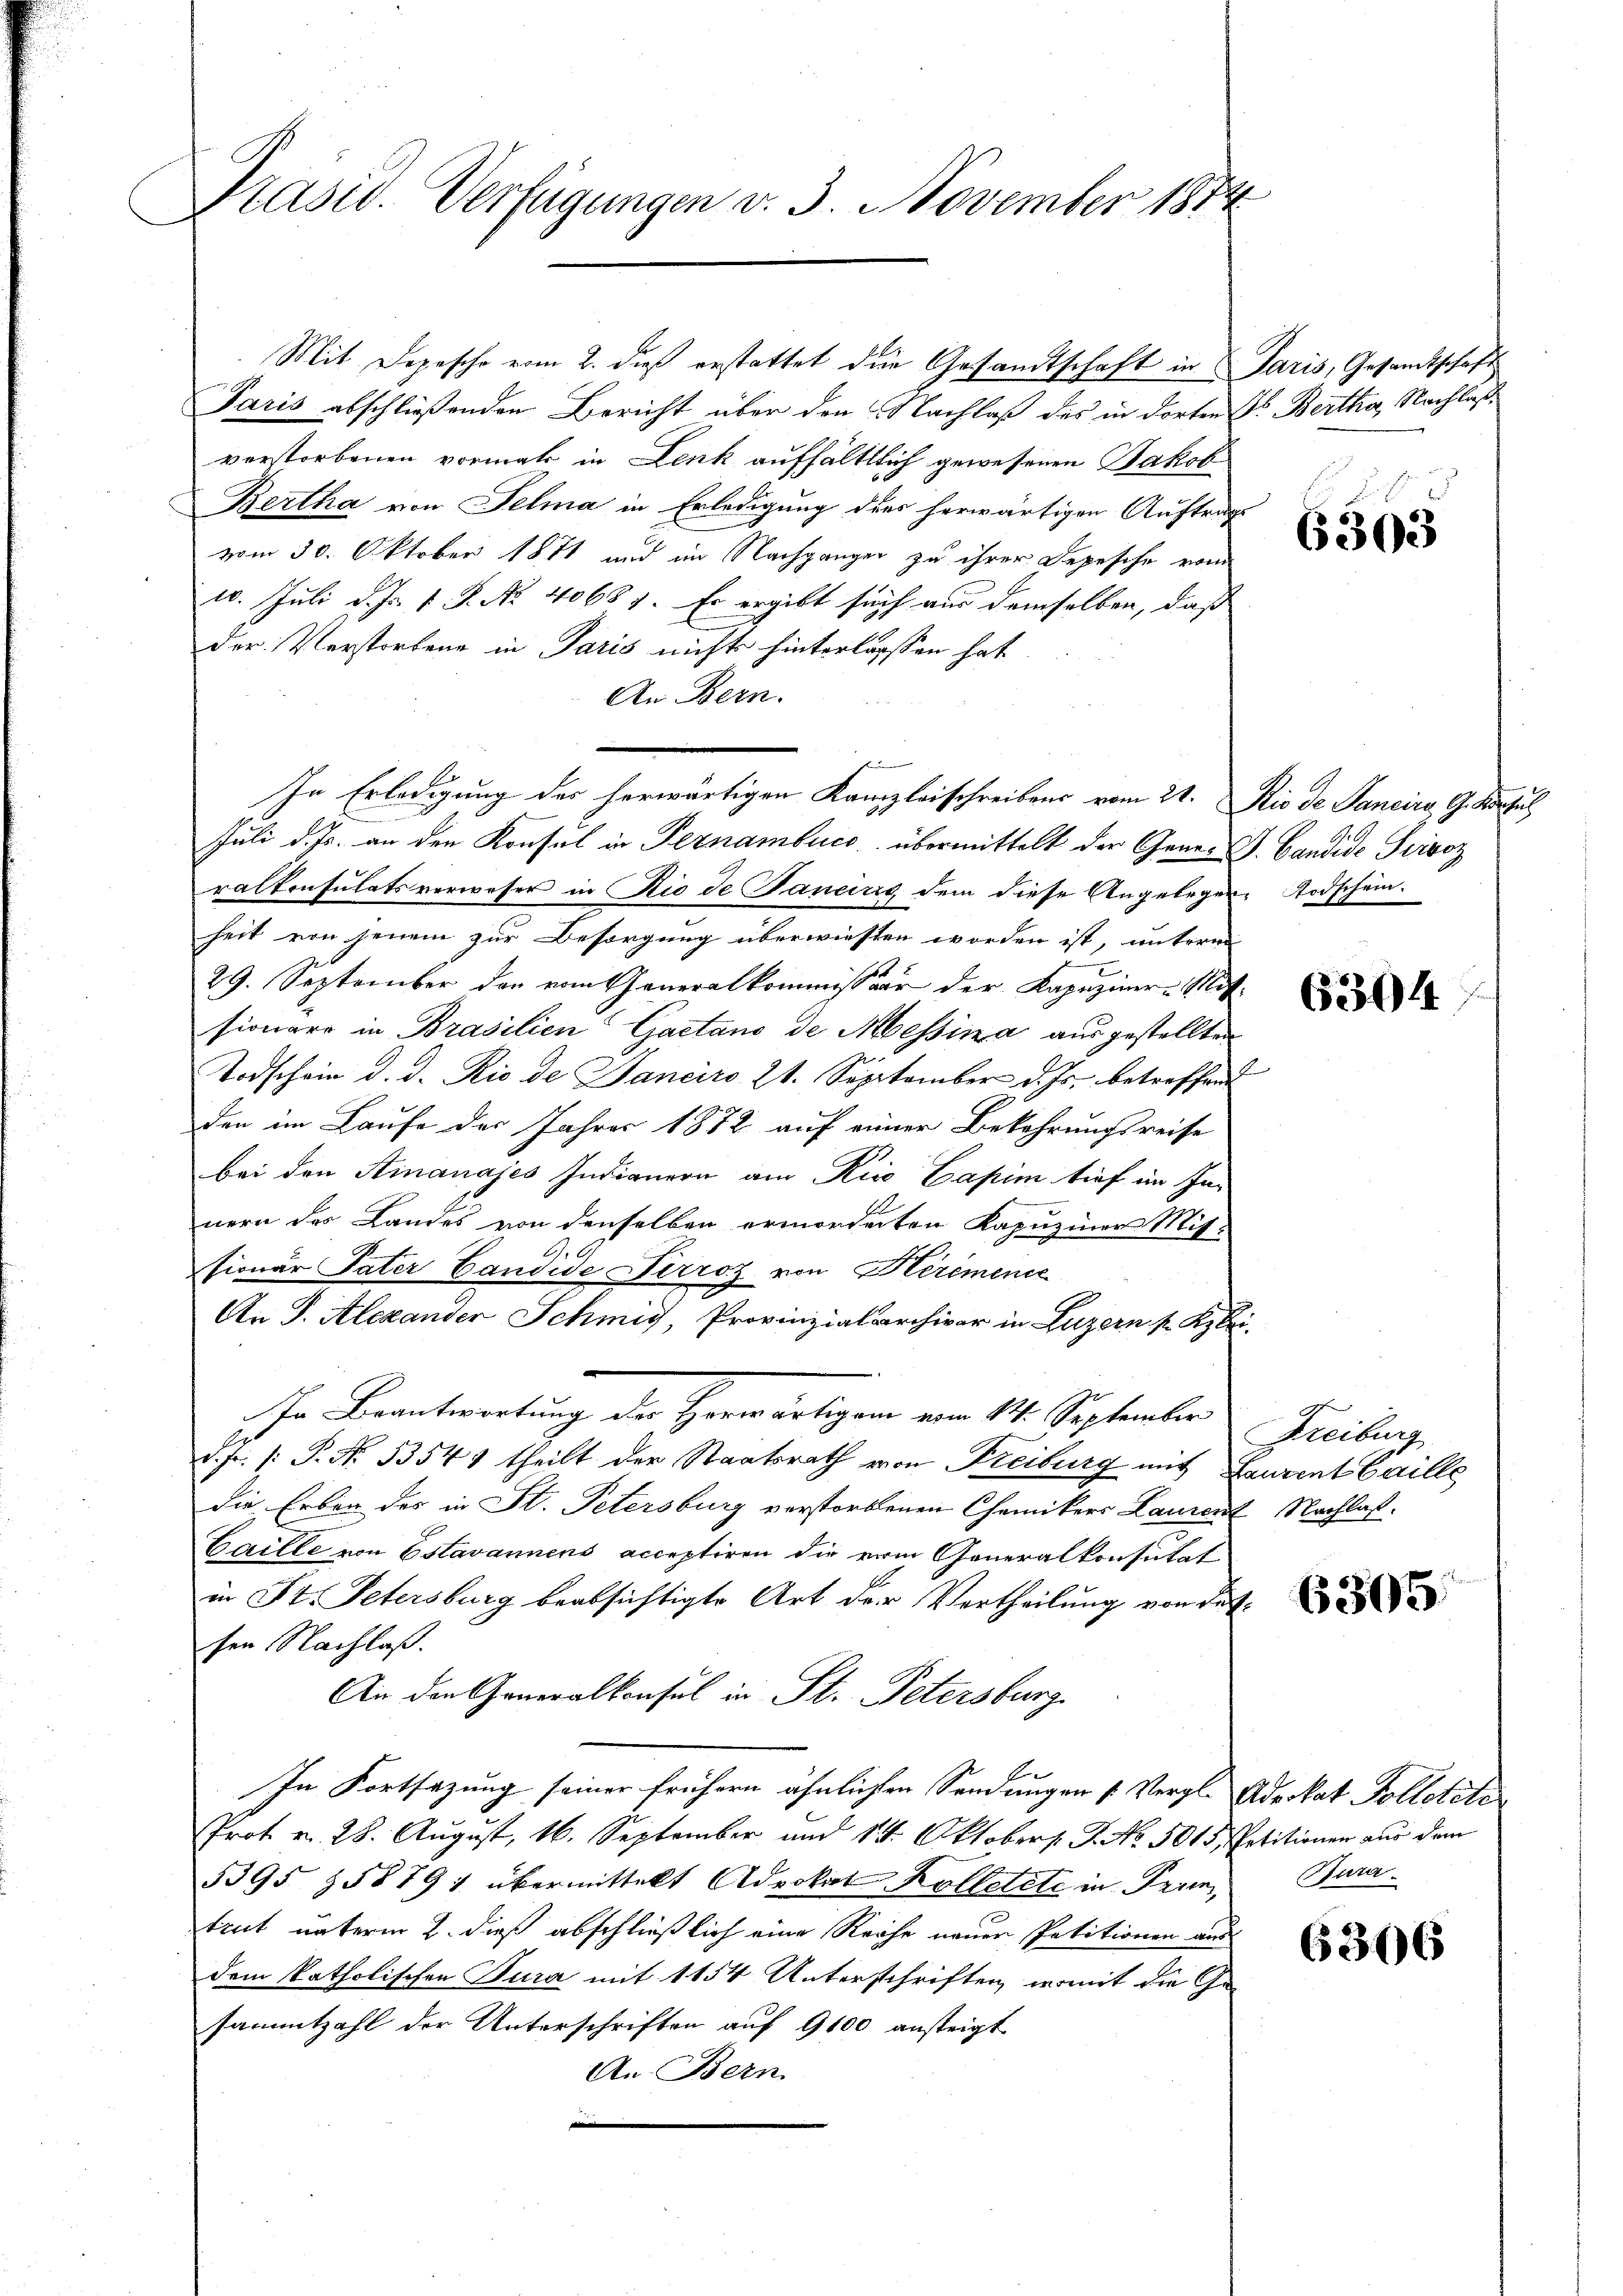
Präsid. Verfügungen v. 3. November 1874

Mit Depesche vom 2. dieß erstattet die Gesandtschaft in Paris, Gesandtschaft
Paris abschließenden Bericht über den Nachlaß des in dorten Dr. Bertha, Nachlaßverstorbenen vormal in Lenk aufhältlich gewesenen Jakob
Bertha von Selma in Erledigung der herwärtigen Auftrag
vom 30. Oktober 1871 und im Nachgangen zu ihrer Depesche vom
10. Juli d. Js. v. J. No. 40687. Er ergibt sich aus demselben, daß
der Verstorbene in Paris nicht hinterlassen hat,
An Bern.
In Erledigung des herwärtigen Kanzleischreibens vom 21. Rio de Pancira, G. Konsul
Juli d. Js. an den Konsul in Pernambuch übermittelt der Gener J. Candide Privoz
raltensulatsverweser in Rio de aneiris dem diese Angeleger Todschein.
heit von jenem zur Besorgung überwiesten worden ist, unterm
29. September der vom Generalkommission der Kapuziner-Mit-
sionarr in Brasilien Gaetano de Messina aus gestellten
Todschein d. d. Rio de Janeiro 21. September d. Js. betreffend
den im Laufe des Jahres 1872 auf einer Bekehrungsreise
bei den Finanajes Indianern am Kiso Capim tief in Zu-
nern des Landes von denselben ermordenten Kapuziner Mis-
sionar Pater Candide Perroz von Herémence
An P. Alexander Schmid, Provinzialarchivar in Luzern s. Klei
In Beantwortung der Herwärtigem vom 14. September Freiburg
d. Fr. 1. P. Nr. 33541 theilt der Staatsrath von Freiburg mit Laurent Caille
die Erben des in St. Petersburg verstorbenen Chemikers Lauren Nachlaß.
Caille von Estavannens acceptiren die vom Generalkonsutat
in St. Petersburg beabsichtigte Art der Vertheilung von desten Nachlaß.
An den Generalkonsul in St. Petersburg
n
In Fortsazung seiner frühern ähnlichen Sendungen (Vergl. Advokat Tolletete
Prot v. 28. August, 16. September und 14. Oktobers J. No. 5015 Petitionen aus dem
5395 258 791 übermittelt Advokat Kolletete in Paren,
trut unterm 2. dieß abschließlich eine Reihe neuer Petitionen aus
dem katholischen Tura mit 1154 Unterschriften, womit die Ge-
sammtzahl der Unterschriften auf 9100 ansteigt
An. Bern

6393

6304

6305

Bara.

6306